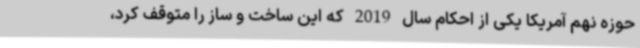
حوزه نهم آمریکا یکی از احکام سال 2019 که این ساخت و ساز را متوقف کرد،